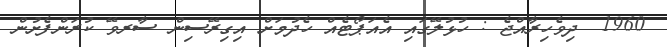
1960  ދިވެހިރާއްޖެ : ހުޅުލޭގައި އެއަޕޯޓެއް ހެދުމަށް އިގިރޭސިން ސާރވޭ ކުރަންފެށުން